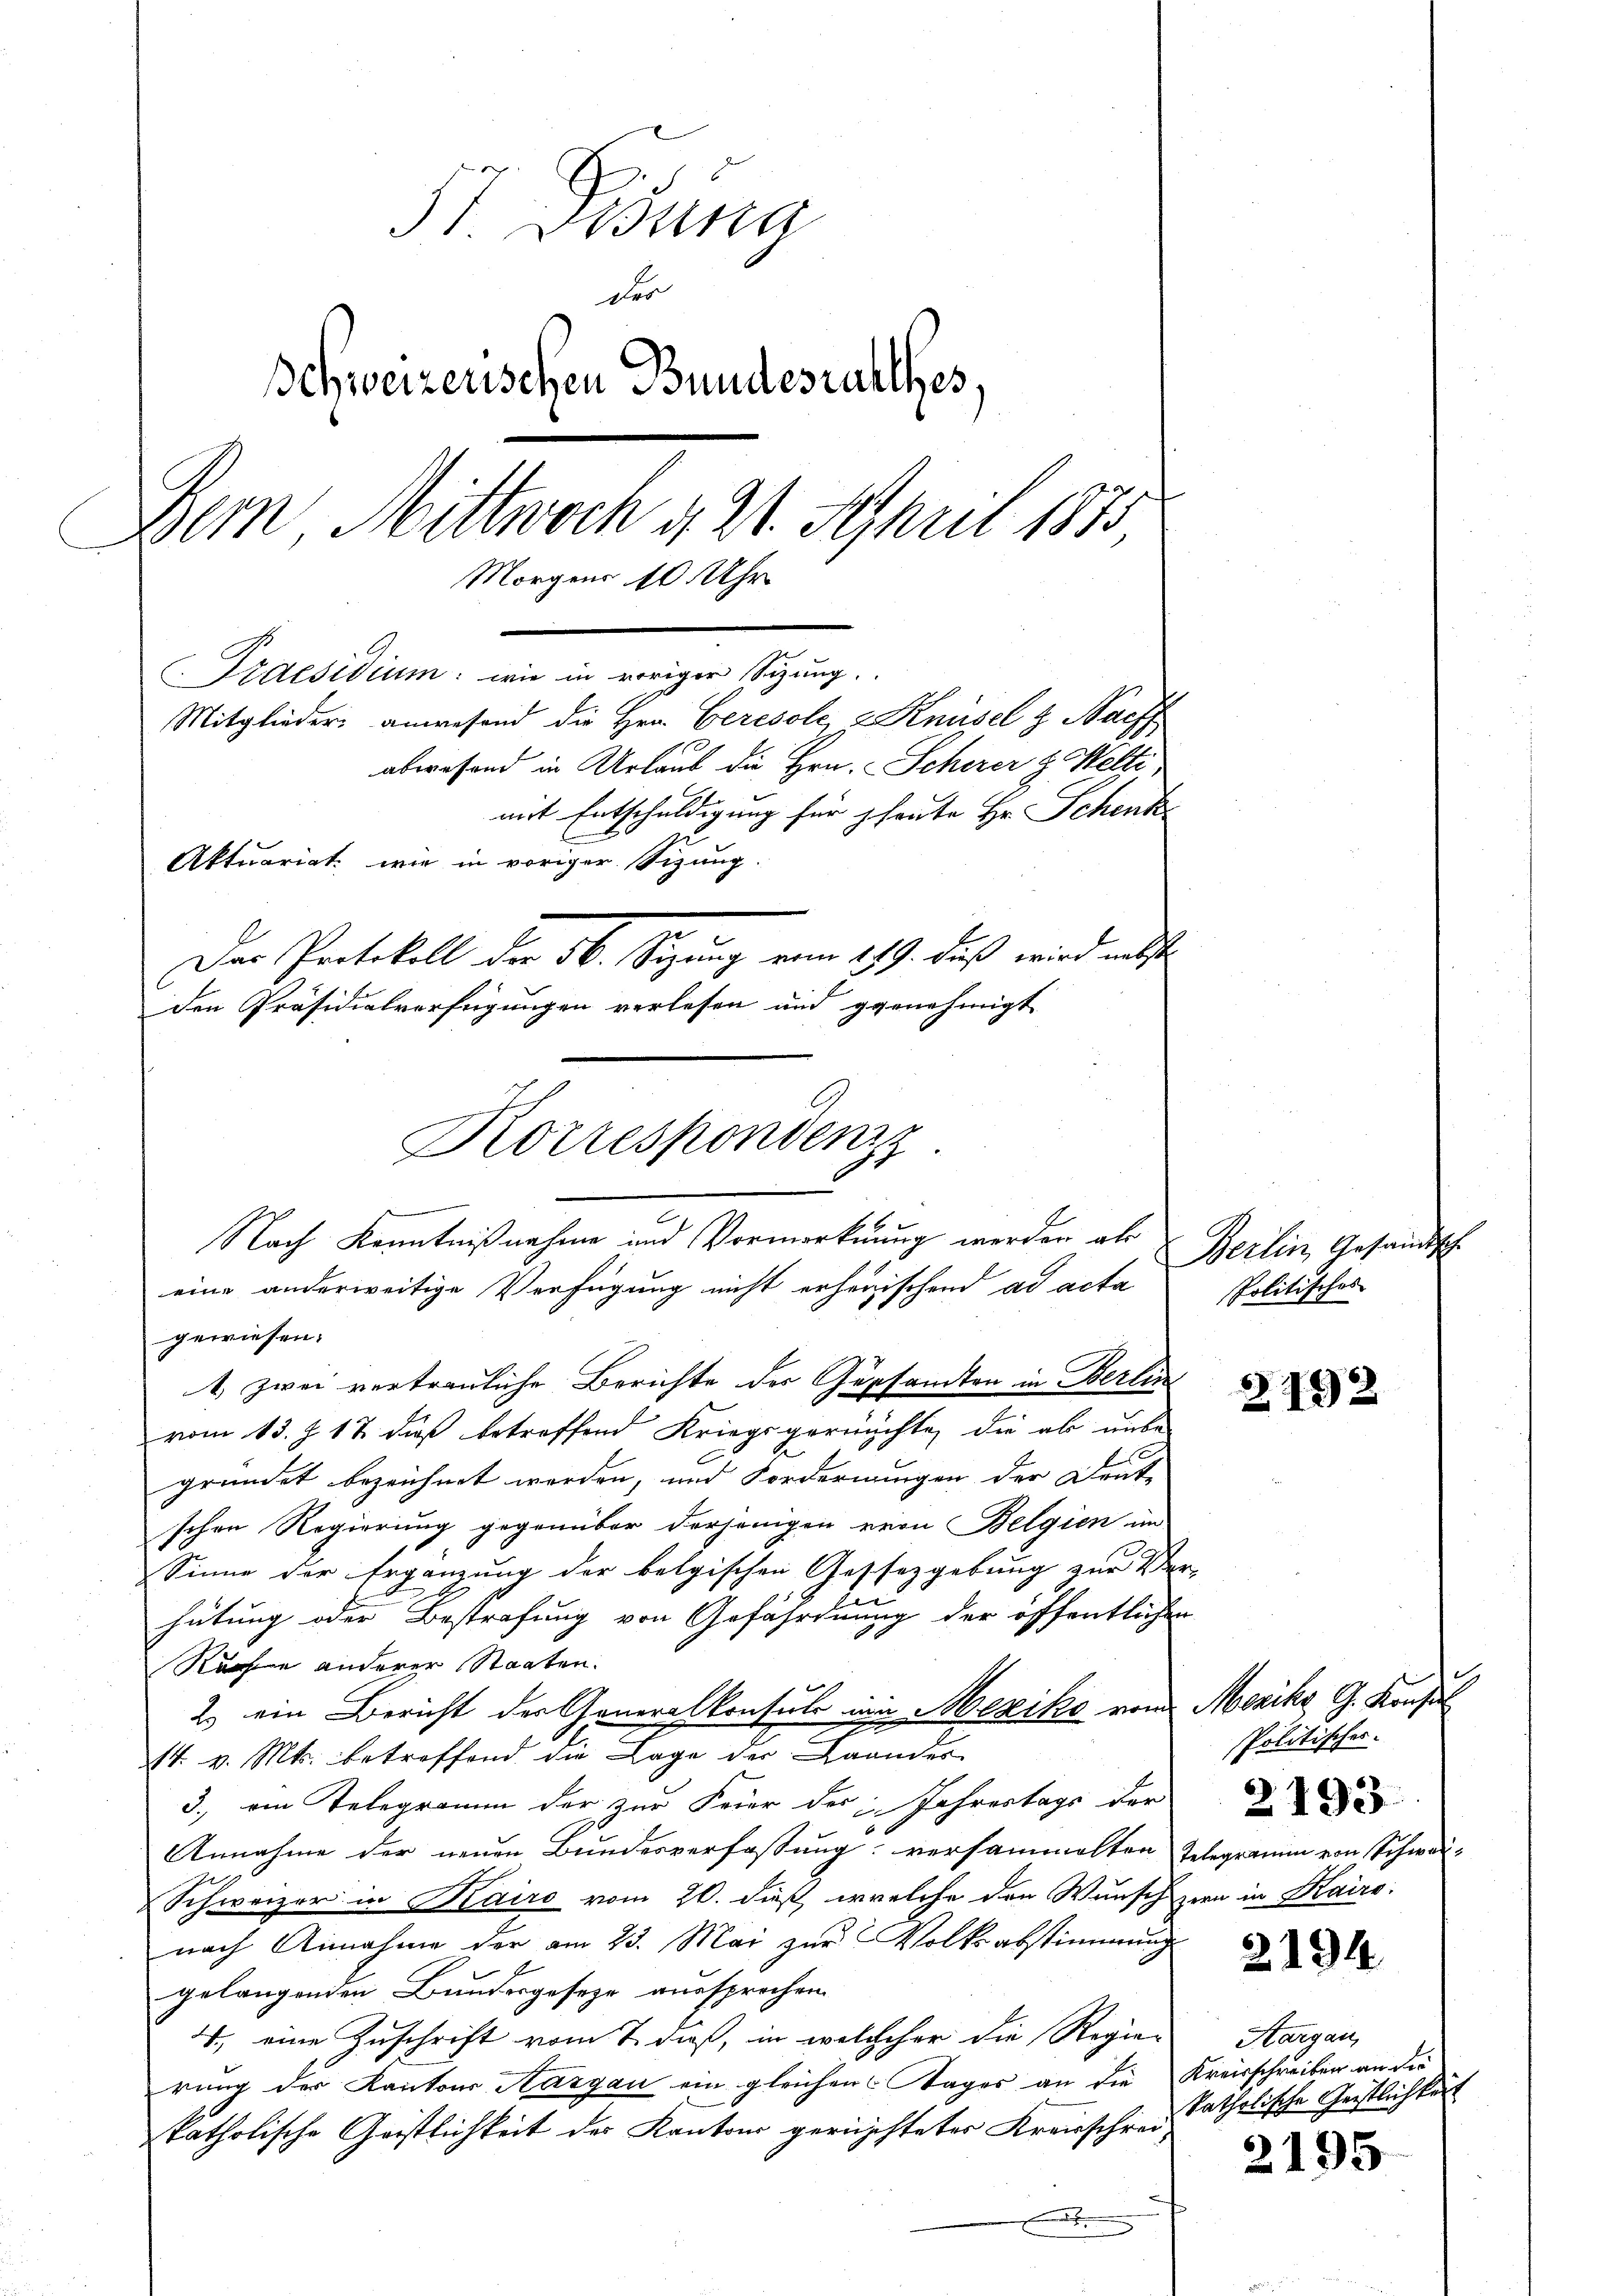
57. Drina
der
Schweizerischen Bundesrathes,
Bern Mittwoch d. 21. April 1875,
Morgens 10. Uhr
Praesidium: wie in vorigen Sizung.
Mitglieder anwesend die Hrn. Ceresole, & Knüsel & Nach
abwesend in Urlaut die Hrn. Scherer z. Welti,
mit Entschuldigung für heute Hr. Schenk
Aktuariat wie in voriger Sizung
Der Protokoll der 36. Seizung vom 18. 9. daß wird nichte
den Präsidialverfügungen verlesen und genehmigt

Korresponden
Nach Kenntnißnahme und Vormerkung werden als

eine anderweitige Verfügung nicht erherischend ad acta
gewiesen.
1. zwei vertrauliche Berichte des Gesandten in Berlin
vom 13. J. 17. dieß betreffend Kriegsgermachte, die ab unse
gründet bezeichnet werden, und Fordernungen der Deut-
schen Regierung gegenüber derjenigen von Belgien im
Sinne der Ergänzung der belgischen Gestezgebung zur Ver-
hütung oder Bestrafung von Gefährdnung der öfffentlichen
Rache anderer Staaten.
2.) ein Bericht der Generalkonsul in Mexiko von Mexiko G. Konst
14 v. Mts. betreffend die Lage der Baandes
3., ein Telegramm der zur Feier des Jahrestags der
Annahme der neuen Bundesverfassung: versammelten Telegramm von Schwar¬
Schweizer in Kairo vom 20. dieß, welche den Wunsch zern in Kairo
nach Annahme der am 23. Mai zur Volksabstimmung
gelangenden Bundesgeseze aussprochen.
4., eine Zuschrift vom 7. daß, in welcheher die Regie-
rung der Kantons Aargau ein gleichen tages an die Kreisschreiben an die
katholische Geistlichkeit des Kantons gerichtetes Kreisschrei¬
.

Berlin, Gesandt,
Politisches

2192

1
Politisches.
2193

2194

Hargau
katholische Geistlichkeit

2195

E